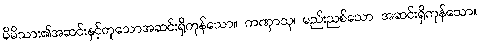
မိမိသား၏အဆင်းနှင့်တူသောအဆင်းရှိကုန်သော။ ကဏှာသု၊ မည်းညစ်သော အဆင်းရှိကုန်သော။